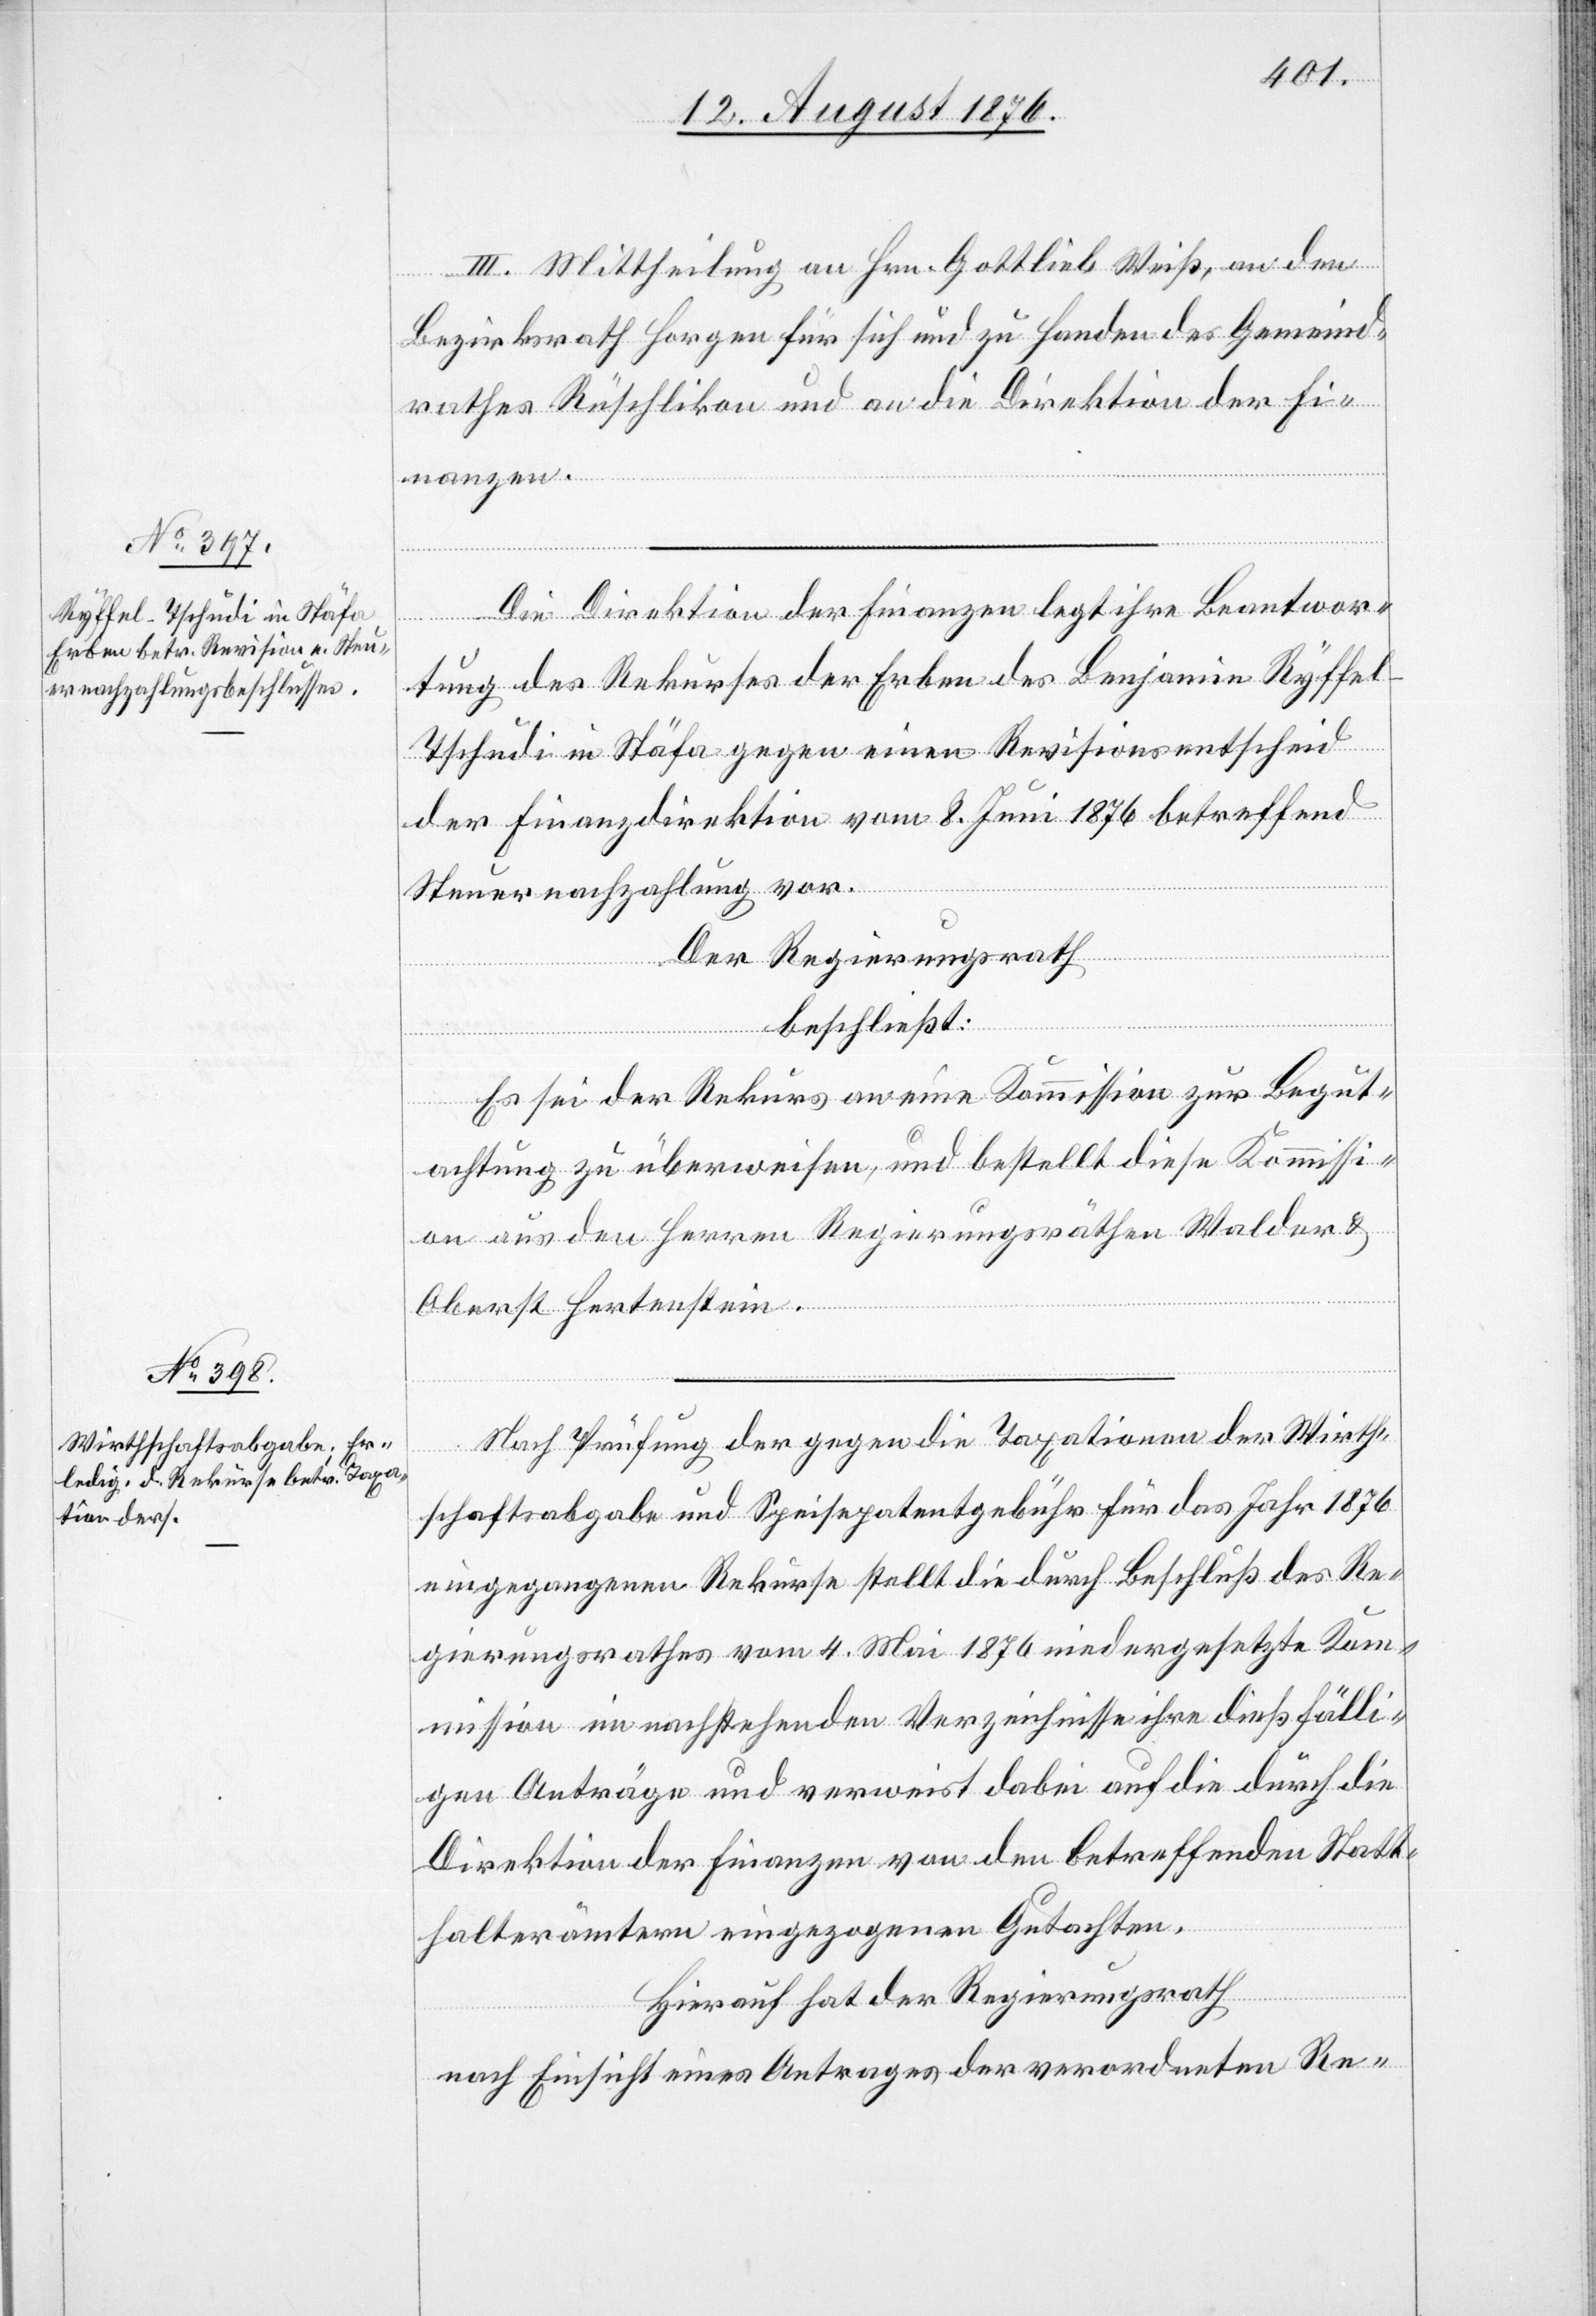
III. Mittheilung an Hrn. Gottlieb Weiß, an den
Bezirksrath Horgen für sich und zu Handen des Gemeind¬
rathes Rüschlikon und an die Direktion der Fi¬
nanzen.
Die Direktion der Finanzen legt ihre Beantwor¬
tung des Rekurses der Erben des Benjamin Ryffel-T¬
schudi in Stäfa gegen einen Revisionsentscheid
der Finanzdirektion vom 8. Juni 1876 betreffend
Steuernachzahlung vor.
Der Regierungsrath
beschließt:
Es sei der Rekurs an eine Kommission zur Begut¬
achtung zu überweisen, und bestellt diese Kommissi¬
on aus den Herren Regierungsräthen Walder &
Albert Hertenstein.
Nach Prüfung der gegen die Taxationen der Wirth¬
schaftsabgabe und Speisepatentgebühr für das Jahr 1876
eingegangenen Rekurse stellt die durch Beschluß des Re¬
gierungsrathes vom 4. Mai 1876 niedergesetzte Kom¬
mission im nachstehenden Verzeichnisse ihre dießfälli¬
gen Anträge und verweist dabei auf die durch die
Direktion der Finanzen von den betreffenden Statt¬
halterämtern eingezogenen Gutachten.
Hierauf hat der Regierungsrath
nach Einsicht eines Antrages der verordneten Re-